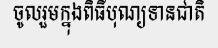
ចូលរួមក្នុងពិធីបុណ្យទានជាតិ